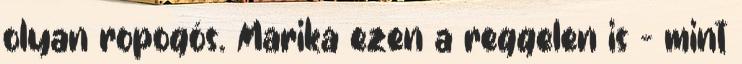
olyan ropogós. Marika ezen a reggelen is - mint